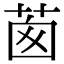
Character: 𦯎